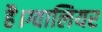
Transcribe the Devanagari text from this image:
है।ग्वालियर